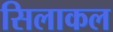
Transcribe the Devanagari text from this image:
सिलाकल